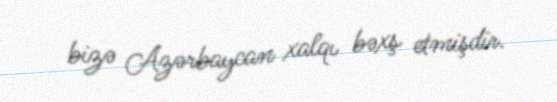
bizə Azərbaycan xalqı bəxş etmişdir.